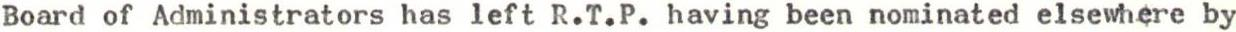
Board of Administrators has left R.T.P. having been nominated elsewhere by